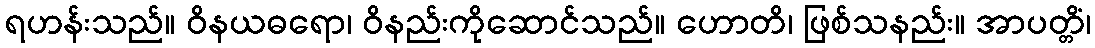
ရဟန်းသည်။ ဝိနယဓရော၊ ဝိနည်းကိုဆောင်သည်။ ဟောတိ၊ ဖြစ်သနည်း။ အာပတ္တိံ၊